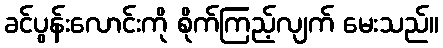
ခင်ပွန်းလောင်းကို စိုက်ကြည့်လျက် မေးသည်။